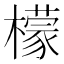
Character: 檬